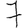
Digit: 7